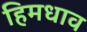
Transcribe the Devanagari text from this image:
हिमधाव